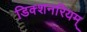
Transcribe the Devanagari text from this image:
डिक्शनरियम्